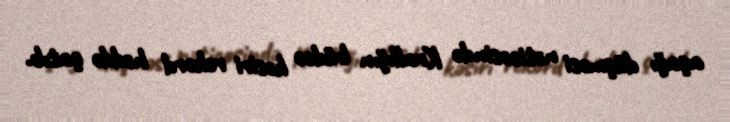
aşağı düşməsi nəticəsində Krallığın büdcə kəsiri rekord həddə çatıb.